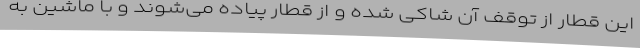
این قطار از توقف آن شاکی شده و از قطار پیاده می‌شوند و با ماشین به